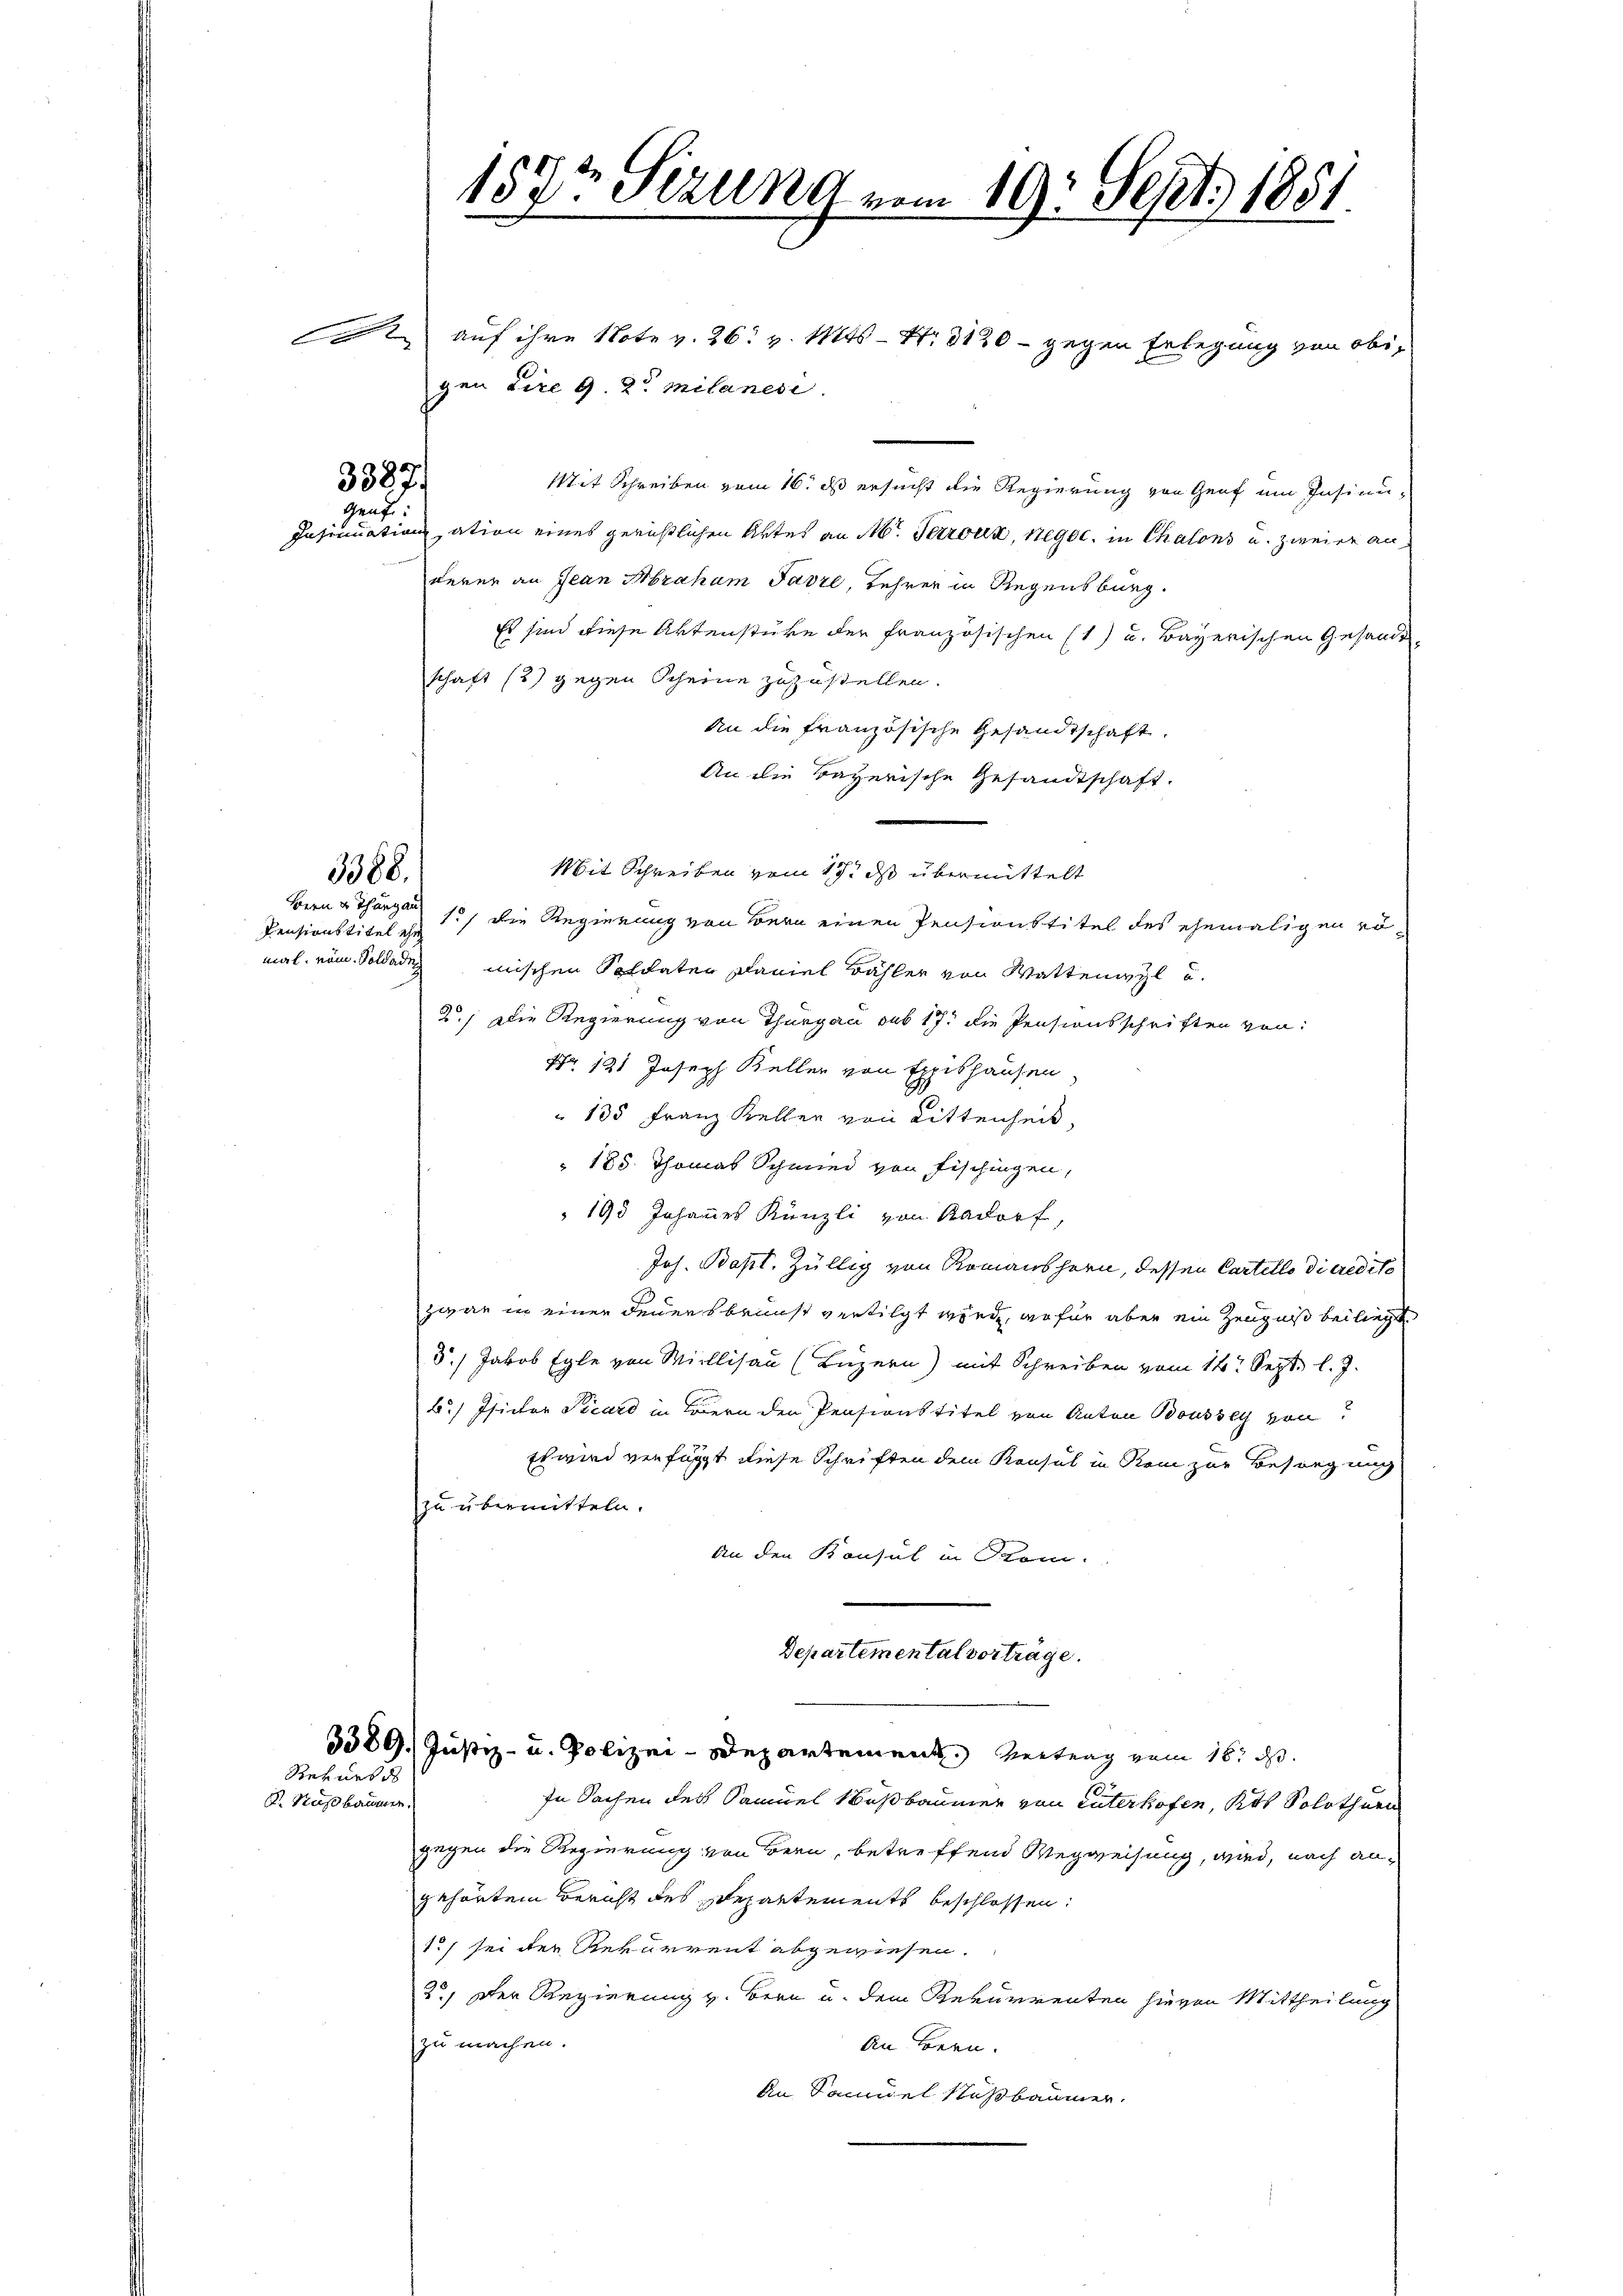
3387.
genf

Rekurs d
 Nußbaumen.

3388.

Bern u. Thurgau

157t Sizung vom 19. Sept. 1851

auf ihre Note v. 26. v. Mts. S. 3120 - gegen Erlegung von obigen Lire 9. 2. Milanesi
Mit Schreiben vom 16. ds ersucht die Regierung von Genf um Insinu¬
Insinuation ation eines gerichtlichen Aktes an M. Perroux, Negoc. in Chalons und zweier anderer an Jean Abraham Javre, Lehrer in Regensburg.
Es sind diese Aktenstüke der Französischen (1) u. Bayerischen Gesandt.
schaft (3) gegen Scheine zuzustellen.
An die Französische Gesandtschaft.
An die Bayerische Gesandtschaft.
Mit Schreiben vom 17. ds übermittelt
Pensionstitel zu 1./ die Regierung von Bern einen Pensionstitel des ehemaligen römal vom Soldademischen Soldaten Faniel Bähler von Wattenwyl u.
2.) Die Regierung von Thurgau sub 17. die Pensionsschriften von
Nr. 121 Joseph Keller von Expishausen,
 135 Franz Keller von Rittenheit,
185. Thomas Schmied von Fischingen,
193 Johannes Künzli von Aadorf,
Joh. Bapt. Züllig von Romanshorn, dessen Cartello di credito
zwar in einer Feuersbrunst vertilgt werde, wofür aber ein Zeugniß beiliegt.
5.) Jakob Egle von Millisau (Luzern) mit Schreiben vom 14t Sept. l. J.
b.) Isictor Picard in Bern den Pensionstitel von Anton Bousseg von
Es wird verfügt diese Schriften dem Konsul in Rein zur Besorg nich
zu übermitteln.
An den Bonsul in Rom.
Departemental vorträge.
3389. Justiz- u. Polizei-Departement. Vertrag vom 16. d.
In Sachen des Samuel Nußbaumer von Enterhofen, Kts. Solothurn
gegen die Regierung von Bern, betreffend Wegweisung, wird, nach angehörten Bericht des Departements beschlossen:
1) sei der Rekurrent abgewiesen.
2.) Der Regierung v. Bern u. dem Rekurrenten hievon Mittheilung
zu machen.
An Bern.
An Samuel Saßbaumer